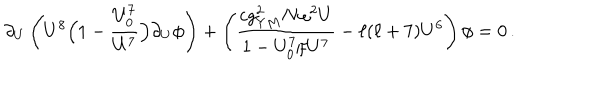
LaTeX: \partial _ { U } \left( U ^ { 8 } \Big ( 1 - { \frac { U _ { 0 } ^ { 7 } } { U ^ { 7 } } } \Big ) \partial _ { U } \phi \right) + \left( { \frac { c g _ { Y M } ^ { 2 } N \omega ^ { 2 } U } { 1 - U _ { 0 } ^ { 7 } / U ^ { 7 } } } - \ell ( \ell + 7 ) U ^ { 6 } \right) \phi = 0 \, .